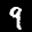
Label: 9